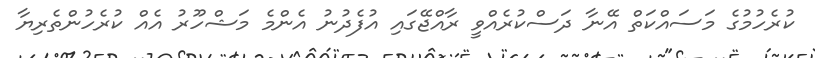
ކުރެހުމުގެ މަސައްކަތް އޭނާ ދަސްކުރެއްވީ ރާއްޖޭގައި އުފެދުނު އެންމެ މަޝްހޫރު އެއް ކުރެހުންތެރިޔާ